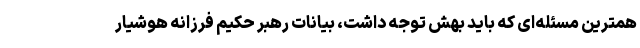
همترین مسئله‌ای که باید بهش توجه داشت، بیانات رهبر حکیم فرزانه هوشیار